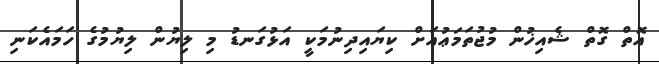
އޮތް ގޮތް ޝެއިޚުން މުޖުތަމަޢުއަށް ކިޔައިދިނުމަކީ އަޅުގަނޑު މި ލިޔުން ލިޔުމުގެ ހަމައެކަނި